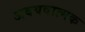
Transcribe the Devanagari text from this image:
अवयवात्मक